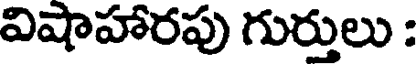
విషాహారపు గుర్తులు :